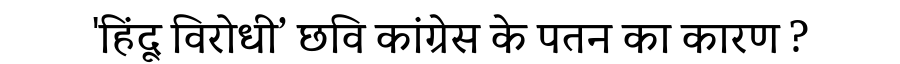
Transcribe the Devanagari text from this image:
'हिंदू विरोधी’ छवि कांग्रेस के पतन का कारण ?